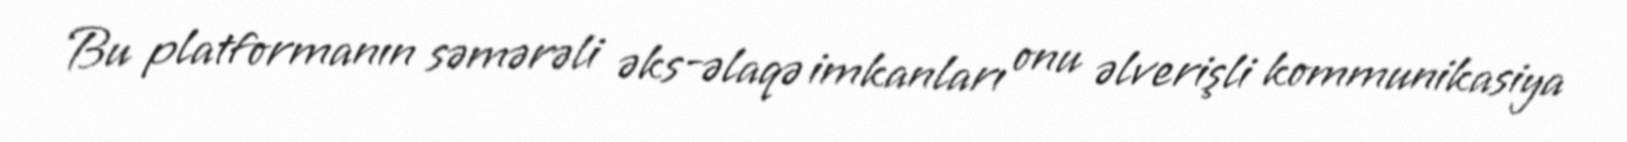
Bu platformanın səmərəli əks-əlaqə imkanları onu əlverişli kommunikasiya